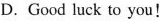
D. Good luck to you!